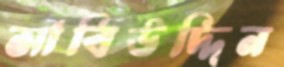
সাবিউদ্দিন